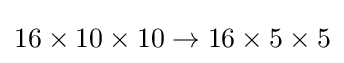
16\times 10\times 10\to 16\times 5\times 5